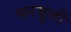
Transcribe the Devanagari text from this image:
फरयूली